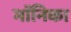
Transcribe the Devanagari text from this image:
माॅनिका